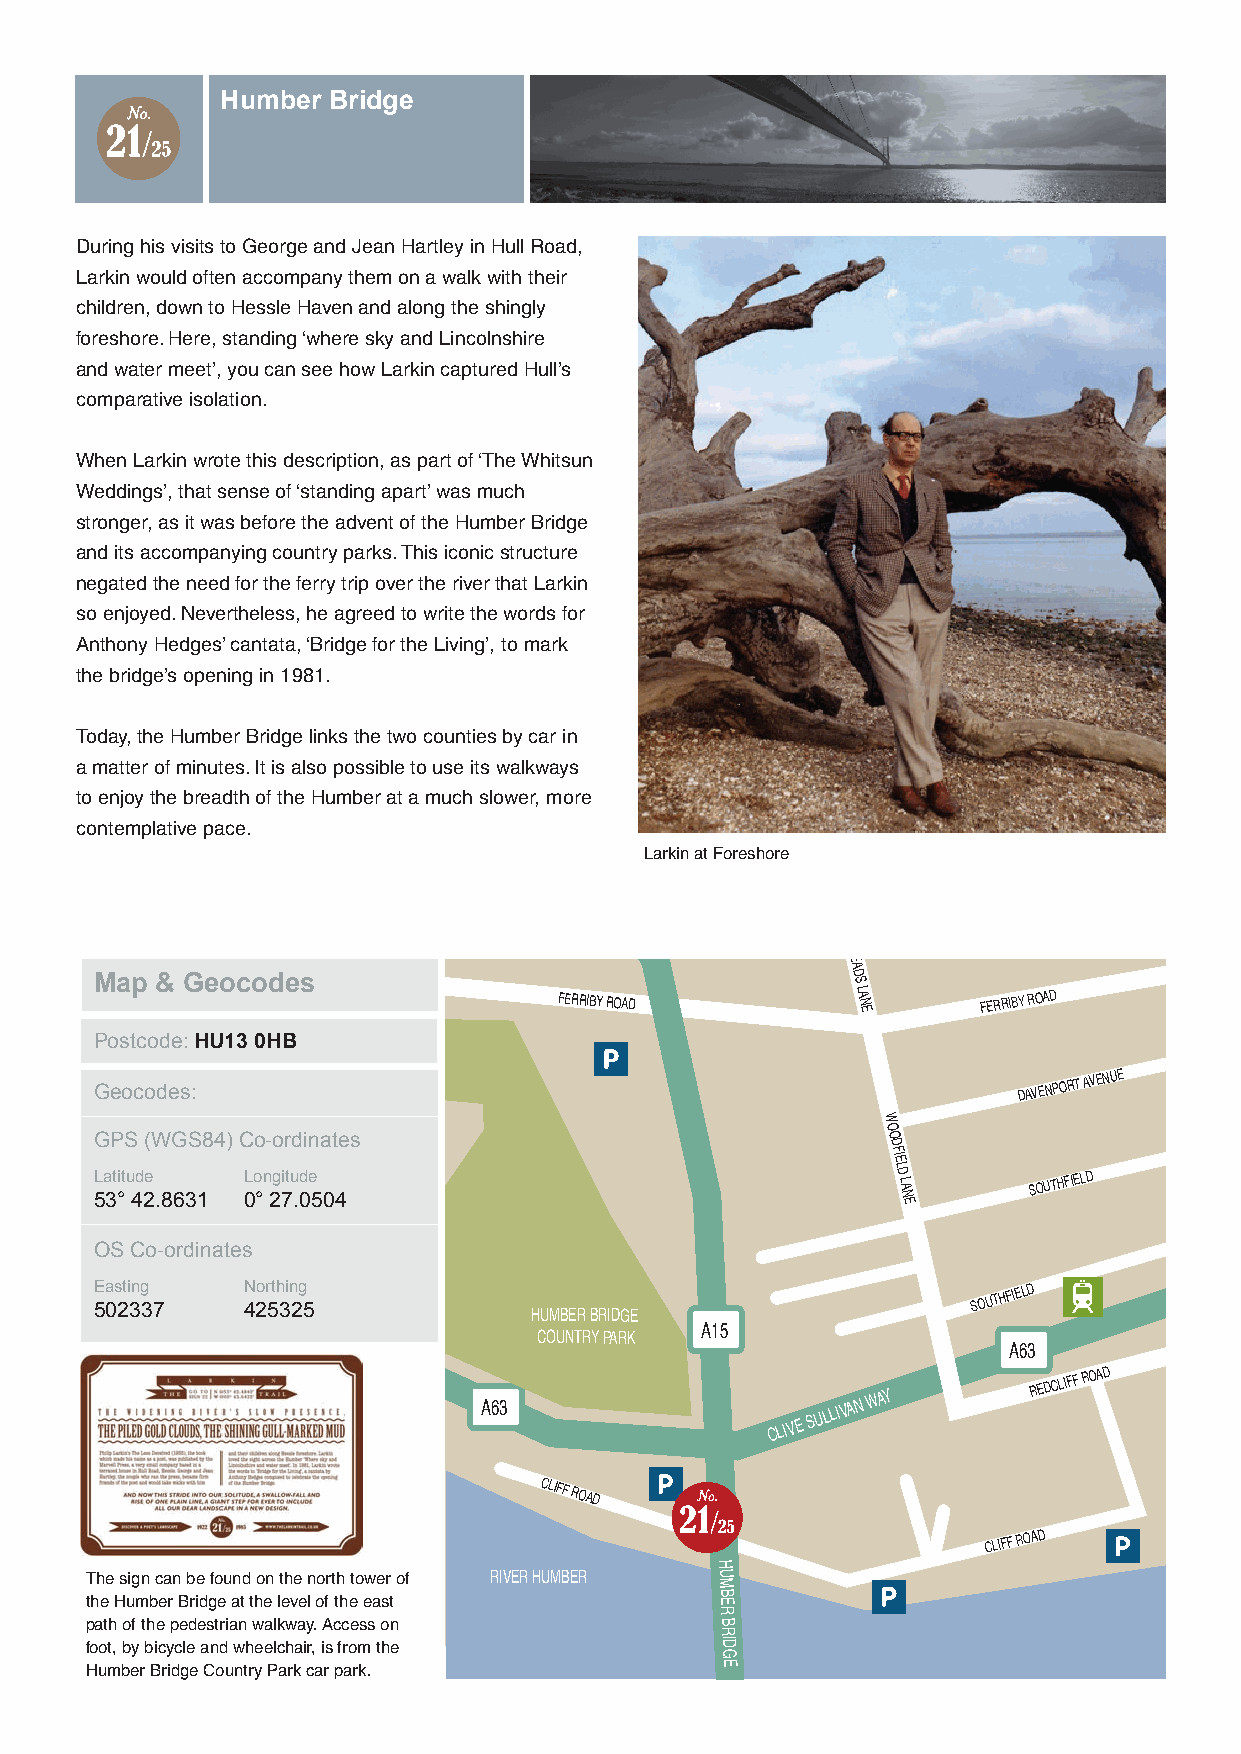
Humber Bridge
 During his visits to George and Jean Hartley in Hull Road,
 Larkin would often accompany them on a walk with their
 children, down to Hessle Haven and along the shingly
 foreshore. Here, standing ‘where sky and Lincolnshire
 and water meet’, you can see how Larkin captured Hull’s
 comparative isolation.
 When Larkin wrote this description, as part of ‘The Whitsun
 Weddings’, that sense of ‘standing apart’ was much
 stronger, as it was before the advent of the Humber Bridge
 and its accompanying country parks. This iconic structure
 negated the need for the ferry trip over the river that Larkin
 so enjoyed. Nevertheless, he agreed to write the words for
 Anthony Hedges’ cantata, ‘Bridge for the Living’, to mark
 the bridge’s opening in 1981.
 Today, the Humber Bridge links the two counties by car in
 a matter of minutes. It is also possible to use its walkways
 H
 E
 A D  to enjoy the breadth of the Humber at a much slower, more
 S
 LA N
 E
 FERRIBY ROAD contemplative pace.
 FERRIBY ROAD
 Larkin at Foreshore
 DAVENPORT
 AVENUE
 H
 E
 A
 Map & Geocodes                                    D S
 FERRIBY ROAD       LA N     FERRIBY ROAD
 E
 Postcode: HU13 0HB
 W
 O
 O D FIE
 LD
 LA N E
 SOUTHFIELD
 STATION
 ROAD
 G
 G
 Lae
 P
 tito
 S
 uc
 d
 eo
 (W
 de Gs S:
 84) C Loo n- go itr ud di enates             W O O
 D
 FIE
 LD
 LA
 DA SV OE UN TP HO FR IET LA DVENUE
 STATION
 ROAD
 53° 42.8631 0° 27.0504                               N E
 SOUTHFIELD
 OS Co-ordinates
 CLIVE
 SULLIVAN
 WAY
 A63
 H CU OM UB NE TR
 R
 B YR PI AD RG KE
 A15
 CLIVE
 SULLIVAN WAY
 REDCLIFF ROAD
 A63
 E 5a 0s 2ti 3ng
 3 7
 N 4CL 2o IVr 5t Eh
 3
 Sin U2g
 L5 LIVAN
 WAY
 A63
 H CU OM UB NE TR
 R
 B YR PI AD RG KE A15
 CLIVE
 SULLIVAN
 WAY
 SOUTHF AIE 6L 3D
 REDCLIFF
 ROAD
 CLIFF
 ROAD
 CLIFF
 ROAD
 CLIFF
 ROAD                                                             CLIFF
 ROAD
 H
 The sign can be found on the north tower of RIVER HUMBER U
 M
 the Humber Bridge at the level of the east B E
 R
 H     path of the pedestrian walkway. Access on B
 U                                               R
 M     foot, by bicycle and wheelchair, is from the ID
 B E R Humber Bridge Country Park car park.      G E
 B RIVER HUMBER
 R
 ID
 G
 E